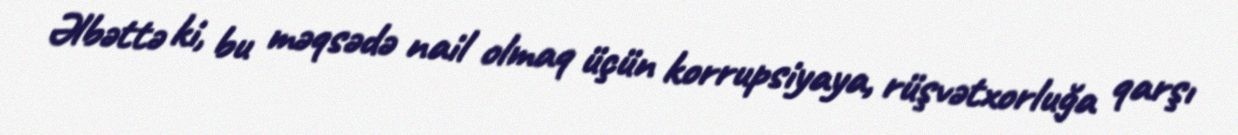
Əlbəttə ki, bu məqsədə nail olmaq üçün korrupsiyaya, rüşvətxorluğa qarşı